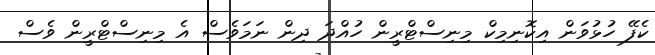
ކެފޭ ހުޅުވަން އިކޮނިމިކް މިނިސްޓްރީން ހުއްދަ ދިން ނަމަވެސް އެ މިނިސްޓްރީން ވެސް